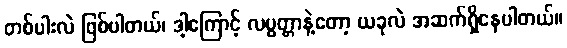
တစ်ပါးလဲ ဖြစ်ပါတယ်၊ ဒါ့ကြောင့် လပွတ္တာနဲ့တော့ ယခုလဲ အဆက်ရှိနေပါတယ်။